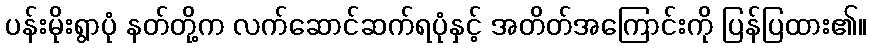
ပန်းမိုးရွာပုံ နတ်တို့က လက်ဆောင်ဆက်ရပုံနှင့် အတိတ်အကြောင်းကို ပြန်ပြထား၏။